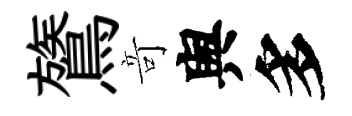
鷟竒舆多